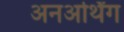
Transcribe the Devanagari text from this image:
अनअर्थिंग